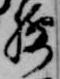
腰